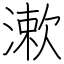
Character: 漱